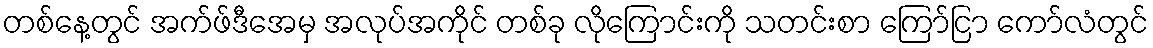
တစ်နေ့တွင် အက်ဖ်ဒီအေမှ အလုပ်အကိုင် တစ်ခု လိုကြောင်းကို သတင်းစာ ကြော်ငြာ ကော်လံတွင်